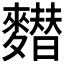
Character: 𪍲